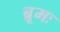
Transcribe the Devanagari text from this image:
ब्रूमः